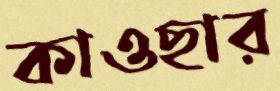
কাওছার